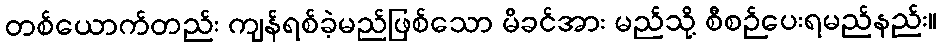
တစ်ယောက်တည်း ကျန်ရစ်ခဲ့မည်ဖြစ်သော မိခင်အား မည်သို့ စီစဉ်ပေးရမည်နည်း။